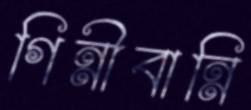
গিন্নীবান্নি